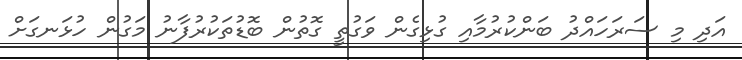
އަދި މި ސަރަހައްދު ބަންކުރުމާއި ގުޅިގެން ވަގުތީ ގޮތުން ބޮޑުތަކުރުފާނު މަގުން ހުޅަނގަށް